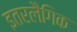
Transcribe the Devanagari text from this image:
इतरलैंगिक